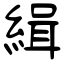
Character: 緝